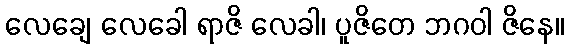
လေချေ လေခေါ ရာဇိ လေခါ၊ ပူဇိတေ ဘဂဝါ ဇိနေ။